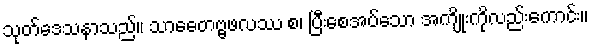
သုတ်ဒေသနာသည်။ သာဓေတဗ္ဗဖလဿ စ၊ ပြီးစေအပ်သော အကျိုးကိုလည်းကောင်း။